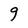
Character: g